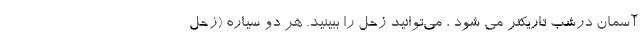
آسمان درشب تاریکتر می شود ، می‌توانید زحل را ببینید. هر دو سیاره (زحل